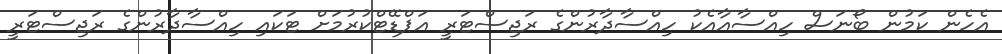
އެހެން ކަމުން ބޯނަސް ހިއްސާއާއެކު ހިއްސާދާރުންގެ ރަޖިސްޓަރީ އަޕްޑޭޓްކުރުމަށް ޓަކައި ހިއްސާދާރުންގެ ރަޖިސްޓަރީ